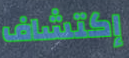
إكتشاف